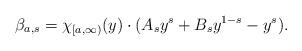
LaTeX: \begin{align*}\beta_{a,s}=\chi_{[a,\infty)}(y)\cdot (A_s y^s + B_s y^{1-s}-y^s).\end{align*}